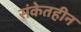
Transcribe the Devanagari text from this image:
संकेतहीन